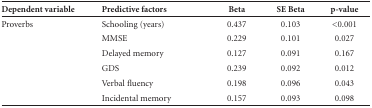
| Dependent variable | Predictive factors | Beta | SE Beta | p-value |
 | --- | --- | --- | --- | --- |
 | Proverbs | Schooling (years) | 0.437 | 0.103 | <0.001 |
 |  | MMSE | 0.229 | 0.101 | 0.027 |
 |  | Delayed memory | 0.127 | 0.091 | 0.167 |
 |  | GDS | 0.239 | 0.092 | 0.012 |
 |  | Verbal fluency | 0.198 | 0.096 | 0.043 |
 |  | Incidental memory | 0.157 | 0.093 | 0.098 |